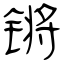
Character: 锵